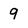
Character: 9